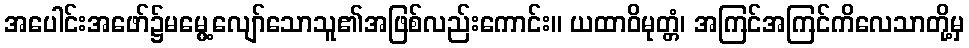
အပေါင်းအဖော်၌မမွေ့လျော်သောသူ၏အဖြစ်လည်းကောင်း။ ယထာဝိမုတ္တံ၊ အကြင်အကြင်ကိလေသာတို့မှ